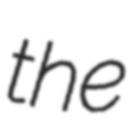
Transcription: the